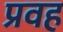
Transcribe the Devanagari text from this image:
प्रवह